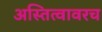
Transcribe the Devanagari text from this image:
अस्तित्वावरच